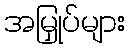
အမြှုပ်များ